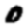
Digit: 0